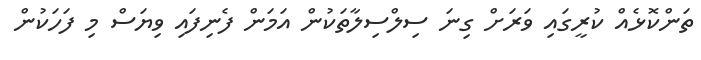
ތަންކޮޅެއް ކުރީގައި ވަރަށް ގިނަ ސިލްސިލާތަކުން އަމަން ފެނިފައި ވިޔަސް މި ފަހަކުން